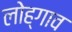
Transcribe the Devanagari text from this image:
लोह्गाव